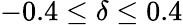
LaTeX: -0.4\leq\delta\leq 0.4